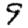
Digit: 9